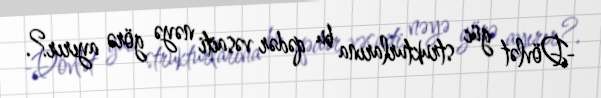
-Dövlət güc strukturlarına bu qədər vəsaiti nəyə görə ayırır?.